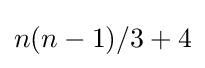
n(n-1)/3+4